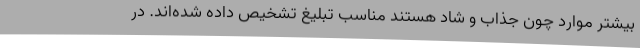
بیشتر موارد چون جذاب و شاد هستند مناسب تبلیغ تشخیص داده شده‌اند. در